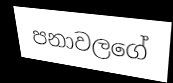
පනාවලගේ